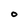
Character: 0